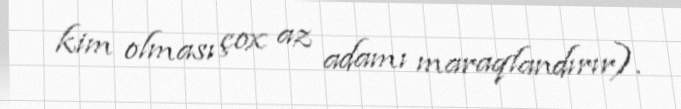
kim olması çox az adamı maraqlandırır).